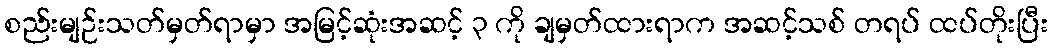
စည်းမျဉ်းသတ်မှတ်ရာမှာ အမြင့်ဆုံးအဆင့် ၃ ကို ချမှတ်ထားရာက အဆင့်သစ် တရပ် ထပ်တိုးပြီး